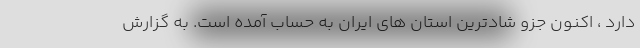
دارد ، اکنون جزو شادترین استان های ایران به حساب آمده است. به گزارش